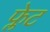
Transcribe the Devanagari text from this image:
फ्लेट